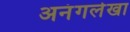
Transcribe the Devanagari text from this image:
अनंगलेखा